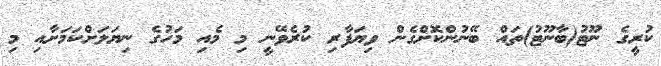
ކުރީގެ ނޫޓު(ބާނޫޓު)ތައް ބޭނުންކޮށްގެން ވިޔަފާރި ކުރެވޭނީ މި މެއި މަހުގެ ނިޔަލަށްކަމަށާއި މި